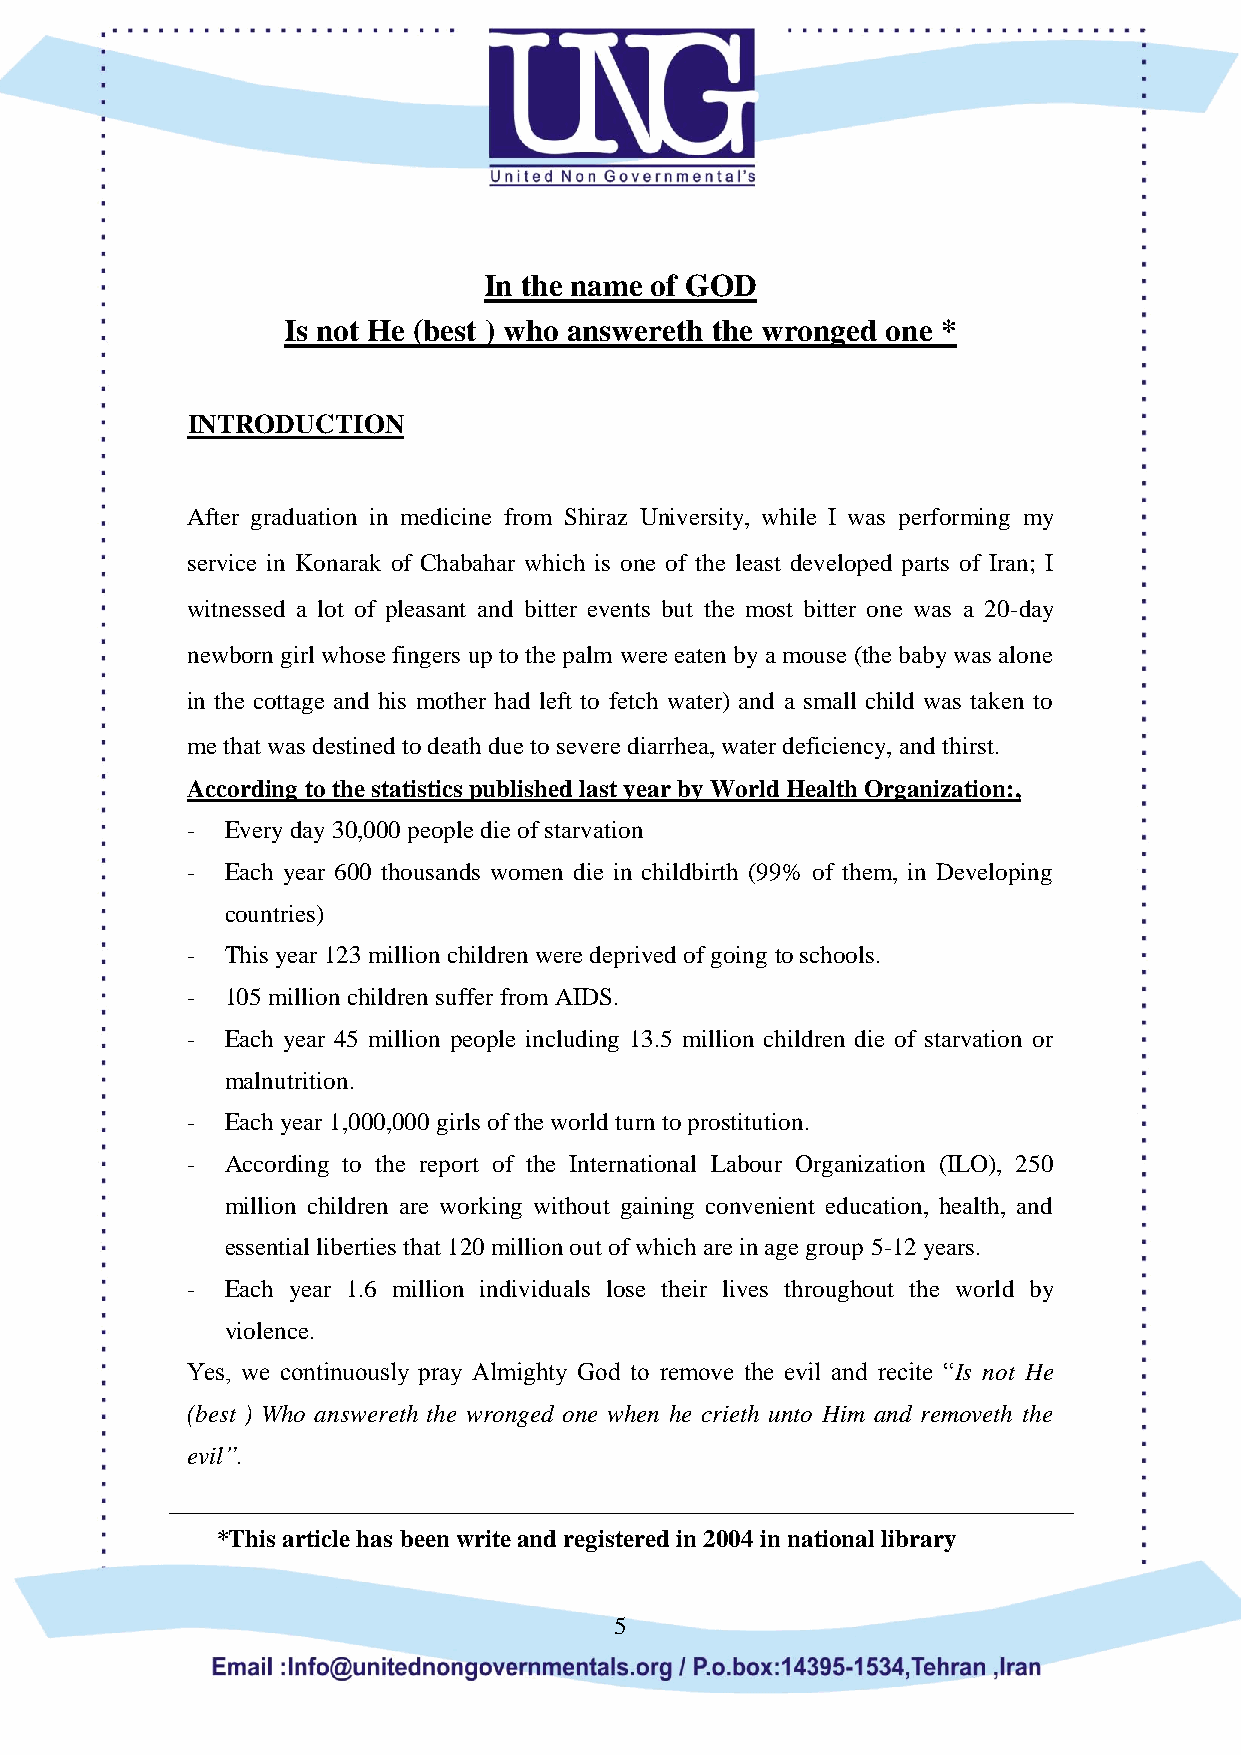
In the name of GOD
 Is not He (best ) who answereth the wronged one *
 INTRODUCTION
 After graduation in medicine from Shiraz University, while I was performing my
 service in Konarak of Chabahar which is one of the least developed parts of Iran; I
 witnessed a lot of pleasant and bitter events but the most bitter one was a 20-day
 newborn girl whose fingers up to the palm were eaten by a mouse (the baby was alone
 in the cottage and his mother had left to fetch water) and a small child was taken to
 me that was destined to death due to severe diarrhea, water deficiency, and thirst.
 According to the statistics published last year by World Health Organization:,
 -  Every day 30,000 people die of starvation
 -  Each year 600 thousands women die in childbirth (99% of them, in Developing
 countries)
 -  This year 123 million children were deprived of going to schools.
 -  105 million children suffer from AIDS.
 -  Each year 45 million people including 13.5 million children die of starvation or
 malnutrition.
 -  Each year 1,000,000 girls of the world turn to prostitution.
 -  According to the report of the International Labour Organization (ILO), 250
 million children are working without gaining convenient education, health, and
 essential liberties that 120 million out of which are in age group 5-12 years.
 -  Each year 1.6 million individuals lose their lives throughout the world by
 violence.
 Yes, we continuously pray Almighty God to remove the evil and recite “Is not He
 (best ) Who answereth the wronged one when he crieth unto Him and removeth the
 evil”.
 *This article has been write and registered in 2004 in national library
 5